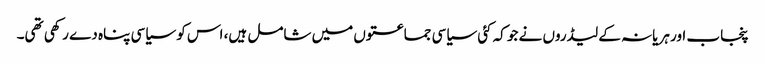
پنجاب اور ہریانہ کے لیڈروں نے جو کہ کئی سیاسی جماعتوں میں شامل ہیں، اس کو سیاسی پناہ دے رکھی تھی۔